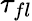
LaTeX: \tau_{fl}